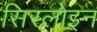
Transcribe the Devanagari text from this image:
सिरलोइन